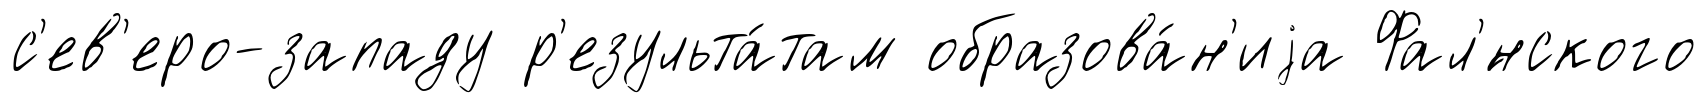
с'ев'еро-западу р'езульта́там образова́н'иjа Фал'́нского